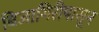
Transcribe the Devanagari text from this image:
बिजागिरीपासून